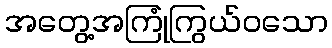
အတွေ့အကြုံကြွယ်ဝသော